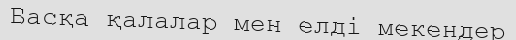
Басқа қалалар мен елді мекендер